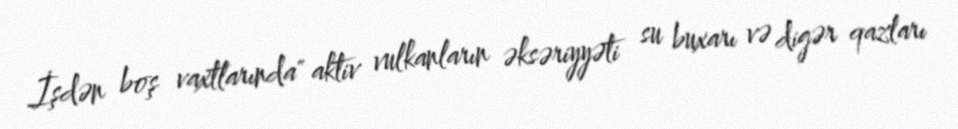
İşdən boş vaxtlarında" aktiv vulkanların əksəriyyəti su buxarı və digər qazları